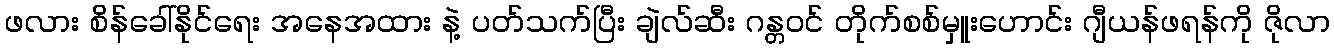
ဖလား စိန်ခေါ်နိုင်ရေး အနေအထား နဲ့ ပတ်သက်ပြီး ချဲလ်ဆီး ဂန္တဝင် တိုက်စစ်မှူးဟောင်း ဂျီယန်ဖရန်ကို ဇိုလာ